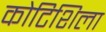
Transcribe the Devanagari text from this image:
कोटिशिला